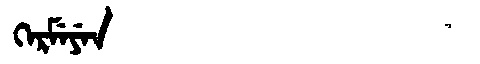
Manchu: ᡴᡝᡵᠮᡝᠶᡝᠨ
Romanization: KERMEYEN